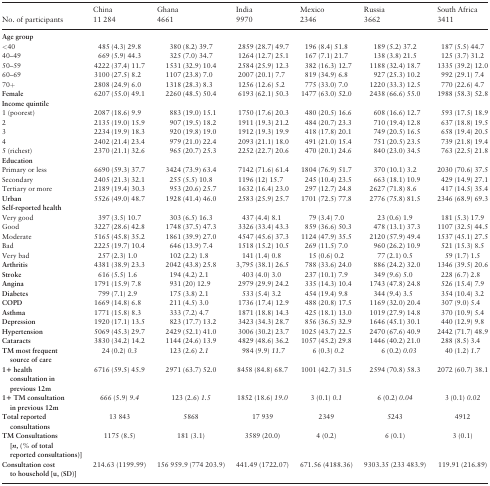
<table><thead><tr><td></td><td><b>China</b></td><td><b>Ghana</b></td><td><b>India</b></td><td><b>Mexico</b></td><td><b>Russia</b></td><td><b>South Africa</b></td></tr><tr><td><b>No. of participants</b></td><td><b>11 284</b></td><td><b>4661</b></td><td><b>9970</b></td><td><b>2346</b></td><td><b>3662</b></td><td><b>3411</b></td></tr></thead><tbody><tr><td><b>Age group</b></td><td></td><td></td><td></td><td></td><td></td><td></td></tr><tr><td>&lt;40</td><td>485 (4.3) 29.8</td><td>380 (8.2) 39.7</td><td>2859 (28.7) 49.7</td><td>196 (8.4) 51.8</td><td>189 (5.2) 37.2</td><td>187 (5.5) 44.7</td></tr><tr><td>40–49</td><td>669 (5.9) 44.3</td><td>325 (7.0) 34.7</td><td>1264 (12.7) 25.1</td><td>167 (7.1) 21.7</td><td>138 (3.8) 21.5</td><td>125 (3.7) 31.2</td></tr><tr><td>50–59</td><td>4222 (37.4) 11.7</td><td>1531 (32.9) 10.4</td><td>2584 (25.9) 12.3</td><td>382 (16.3) 12.7</td><td>1188 (32.4) 18.7</td><td>1335 (39.2) 12.0</td></tr><tr><td>60–69</td><td>3100 (27.5) 8.2</td><td>1107 (23.8) 7.0</td><td>2007 (20.1) 7.7</td><td>819 (34.9) 6.8</td><td>927 (25.3) 10.2</td><td>992 (29.1) 7.4</td></tr><tr><td>70+</td><td>2808 (24.9) 6.0</td><td>1318 (28.3) 8.3</td><td>1256 (12.6) 5.2</td><td>775 (33.0) 7.0</td><td>1220 (33.3) 12.5</td><td>770 (22.6) 4.7</td></tr><tr><td><b>Female</b></td><td>6207 (55.0) 49.1</td><td>2260 (48.5) 50.4</td><td>6193 (62.1) 50.3</td><td>1477 (63.0) 52.0</td><td>2438 (66.6) 55.0</td><td>1988 (58.3) 52.8</td></tr><tr><td colspan="7"><b>Income quintile</b></td></tr><tr><td>1 (poorest)</td><td>2087 (18.6) 9.9</td><td>883 (19.0) 15.1</td><td>1750 (17.6) 20.3</td><td>480 (20.5) 16.6</td><td>608 (16.6) 12.7</td><td>593 (17.5) 18.9</td></tr><tr><td>2</td><td>2135 (19.0) 15.9</td><td>907 (19.5) 18.2</td><td>1911 (19.3) 21.2</td><td>484 (20.7) 23.3</td><td>710 (19.4) 12.8</td><td>637 (18.8) 19.5</td></tr><tr><td>3</td><td>2234 (19.9) 18.3</td><td>920 (19.8) 19.0</td><td>1912 (19.3) 19.9</td><td>418 (17.8) 20.1</td><td>749 (20.5) 16.5</td><td>658 (19.4) 20.5</td></tr><tr><td>4</td><td>2402 (21.4) 23.4</td><td>979 (21.0) 22.4</td><td>2093 (21.1) 18.0</td><td>491 (21.0) 15.4</td><td>751 (20.5) 23.5</td><td>739 (21.8) 19.4</td></tr><tr><td>5 (richest)</td><td>2370 (21.1) 32.6</td><td>965 (20.7) 25.3</td><td>2252 (22.7) 20.6</td><td>470 (20.1) 24.6</td><td>840 (23.0) 34.5</td><td>763 (22.5) 21.8</td></tr><tr><td colspan="7"><b>Education</b></td></tr><tr><td>Primary or less</td><td>6690 (59.3) 37.7</td><td>3424 (73.9) 63.4</td><td>7142 (71.6) 61.4</td><td>1804 (76.9) 51.7</td><td>370 (10.1) 3.2</td><td>2030 (70.6) 37.5</td></tr><tr><td>Secondary</td><td>2405 (21.3) 32.1</td><td>255 (5.5) 10.8</td><td>1196 (12) 15.7</td><td>245 (10.4) 23.5</td><td>663 (18.1) 10.9</td><td>429 (14.9) 27.1</td></tr><tr><td>Tertiary or more</td><td>2189 (19.4) 30.3</td><td>953 (20.6) 25.7</td><td>1632 (16.4) 23.0</td><td>297 (12.7) 24.8</td><td>2627 (71.8) 8.6</td><td>417 (14.5) 35.4</td></tr><tr><td><b>Urban</b></td><td>5526 (49.0) 48.7</td><td>1928 (41.4) 46.0</td><td>2583 (25.9) 25.7</td><td>1701 (72.5) 77.8</td><td>2776 (75.8) 81.5</td><td>2346 (68.9) 69.3</td></tr><tr><td colspan="7"><b>Self-reported health</b></td></tr><tr><td>Very good</td><td>397 (3.5) 10.7</td><td>303 (6.5) 16.3</td><td>437 (4.4) 8.1</td><td>79 (3.4) 7.0</td><td>23 (0.6) 1.9</td><td>181 (5.3) 17.9</td></tr><tr><td>Good</td><td>3227 (28.6) 42.8</td><td>1748 (37.5) 47.3</td><td>3326 (33.4) 43.3</td><td>859 (36.6) 50.3</td><td>478 (13.1) 37.3</td><td>1107 (32.5) 44.5</td></tr><tr><td>Moderate</td><td>5165 (45.8) 35.2</td><td>1861 (39.9) 27.0</td><td>4547 (45.6) 37.3</td><td>1124 (47.9) 35.5</td><td>2120 (57.9) 49.4</td><td>1537 (45.1) 27.5</td></tr><tr><td>Bad</td><td>2225 (19.7) 10.4</td><td>646 (13.9) 7.4</td><td>1518 (15.2) 10.5</td><td>269 (11.5) 7.0</td><td>960 (26.2) 10.9</td><td>521 (15.3) 8.5</td></tr><tr><td>Very bad</td><td>257 (2.3) 1.0</td><td>102 (2.2) 1.8</td><td>141 (1.4) 0.8</td><td>15 (0.6) 0.2</td><td>77 (2.1) 0.5</td><td>59 (1.7) 1.5</td></tr><tr><td><b>Arthritis</b></td><td>4381 (38.9) 23.3</td><td>2042 (43.8) 25.8</td><td>3,795 (38.1) 26.5</td><td>788 (33.6) 24.0</td><td>886 (24.2) 32.0</td><td>1346 (39.5) 20.6</td></tr><tr><td><b>Stroke</b></td><td>616 (5.5) 1.6</td><td>194 (4.2) 2.1</td><td>403 (4.0) 3.0</td><td>237 (10.1) 7.9</td><td>349 (9.6) 5.0</td><td>228 (6.7) 2.8</td></tr><tr><td><b>Angina</b></td><td>1791 (15.9) 7.8</td><td>931 (20) 12.9</td><td>2979 (29.9) 24.2</td><td>335 (14.3) 10.4</td><td>1743 (47.8) 24.8</td><td>526 (15.4) 7.9</td></tr><tr><td><b>Diabetes</b></td><td>799 (7.1) 2.9</td><td>175 (3.8) 2.1</td><td>533 (5.4) 3.2</td><td>454 (19.4) 9.8</td><td>344 (9.4) 3.5</td><td>354 (10.4) 3.2</td></tr><tr><td><b>COPD</b></td><td>1669 (14.8) 6.8</td><td>211 (4.5) 3.0</td><td>1736 (17.4) 12.9</td><td>488 (20.8) 17.5</td><td>1169 (32.0) 20.4</td><td>307 (9.0) 5.4</td></tr><tr><td><b>Asthma</b></td><td>1771 (15.8) 8.3</td><td>333 (7.2) 4.7</td><td>1871 (18.8) 14.3</td><td>425 (18.1) 13.0</td><td>1019 (27.9) 14.8</td><td>370 (10.9) 5.4</td></tr><tr><td><b>Depression</b></td><td>1920 (17.1) 13.5</td><td>823 (17.7) 13.2</td><td>3423 (34.3) 28.7</td><td>856 (36.5) 32.9</td><td>1646 (45.1) 30.1</td><td>440 (12.9) 9.8</td></tr><tr><td><b>Hypertension</b></td><td>5069 (45.3) 29.7</td><td>2429 (52.1) 41.0</td><td>3006 (30.2) 23.7</td><td>1025 (43.7) 22.5</td><td>2470 (67.6) 40.9</td><td>2442 (71.7) 48.9</td></tr><tr><td><b>Cataracts</b></td><td>3830 (34.2) 14.2</td><td>1144 (24.6) 13.9</td><td>4829 (48.6) 36.2</td><td>1057 (45.2) 29.8</td><td>1446 (40.2) 21.0</td><td>288 (8.5) 3.4</td></tr><tr><td><b>TM most frequent source of care</b></td><td>24 (0.2) <i>0.3</i></td><td>123 (2.6) <i>2.1</i></td><td>984 (9.9) <i>11.7</i></td><td>6 (0.3) <i>0.2</i></td><td>6 (0.2) <i>0.03</i></td><td>40 (1.2) <i>1.7</i></td></tr><tr><td><b>1+ health consultation in previous 12m</b></td><td>6716 (59.5) 45.9</td><td>2971 (63.7) 52.0</td><td>8458 (84.8) 68.7</td><td>1001 (42.7) 31.5</td><td>2594 (70.8) 58.3</td><td>2072 (60.7) 38.1</td></tr><tr><td><b>1+ TM consultation in previous 12m</b></td><td>666 (5.9) <i>9.4</i></td><td>123 (2.6) <i>1.5</i></td><td>1852 (18.6) <i>19.0</i></td><td>3 (0.1) <i>0.1</i></td><td>6 (0.2) <i>0.04</i></td><td>3 (0.1) <i>0.02</i></td></tr><tr><td><b>Total reported consultations</b></td><td>13 843</td><td>5868</td><td>17 939</td><td>2349</td><td>5243</td><td>4912</td></tr><tr><td><b>TM Consultations</b><b>[<i>n</i>, (% of total reported consultations)]</b></td><td>1175 (8.5)</td><td>181 (3.1)</td><td>3589 (20.0)</td><td>4 (0.2)</td><td>6 (0.1)</td><td>3 (0.1)</td></tr><tr><td><b>Consultation cost to household</b><b>[u, (SD)]</b></td><td>214.63 (1199.99)</td><td>156 959.9 (774 203.9)</td><td>441.49 (1722.07)</td><td>671.56 (4188.36)</td><td>9303.35 (233 483.9)</td><td>119.91 (216.89)</td></tr></tbody></table>